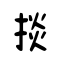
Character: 掞